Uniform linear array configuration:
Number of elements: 8
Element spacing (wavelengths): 1
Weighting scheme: hamming
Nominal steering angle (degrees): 15
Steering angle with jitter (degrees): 13.267
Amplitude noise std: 0.05
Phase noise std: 0.05

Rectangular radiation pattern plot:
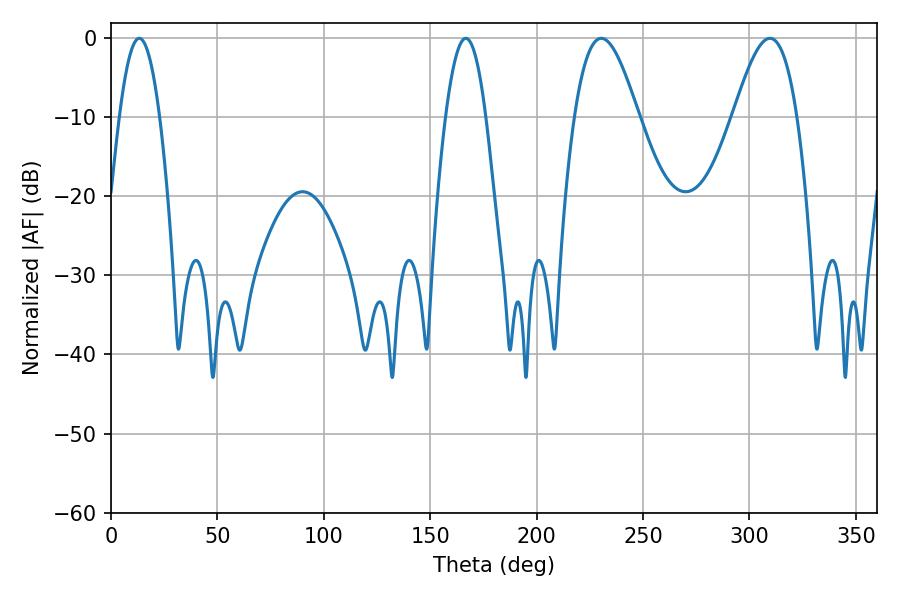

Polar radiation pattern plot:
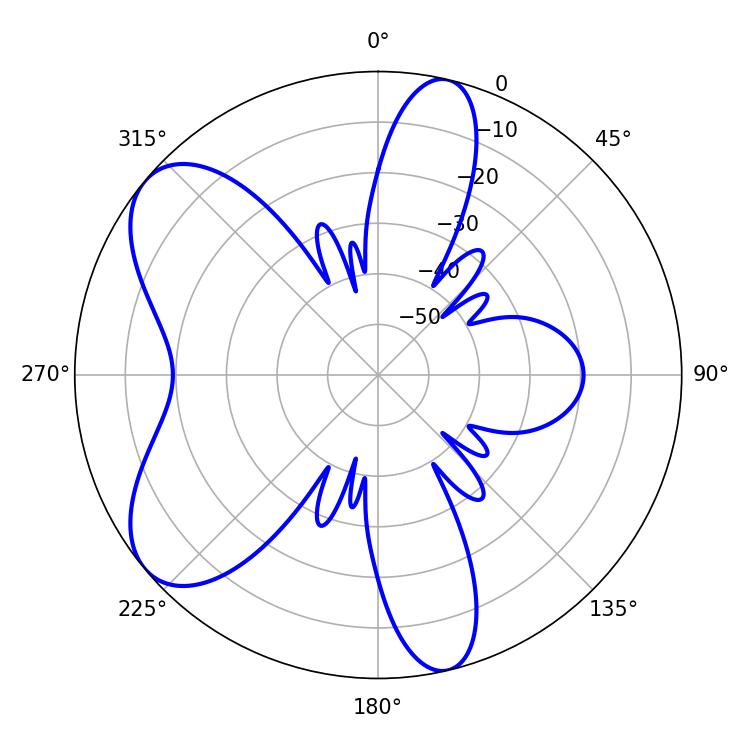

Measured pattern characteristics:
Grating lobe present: TRUE
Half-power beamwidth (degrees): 16.2
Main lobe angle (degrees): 230.4